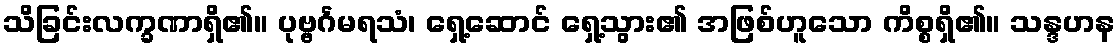
သိခြင်းလက္ခဏာရှိ၏။ ပုဗ္ဗင်္ဂမရသံ၊ ရှေ့ဆောင် ရှေ့သွား၏ အဖြစ်ဟူသော ကိစ္စရှိ၏။ သန္ဒဟန